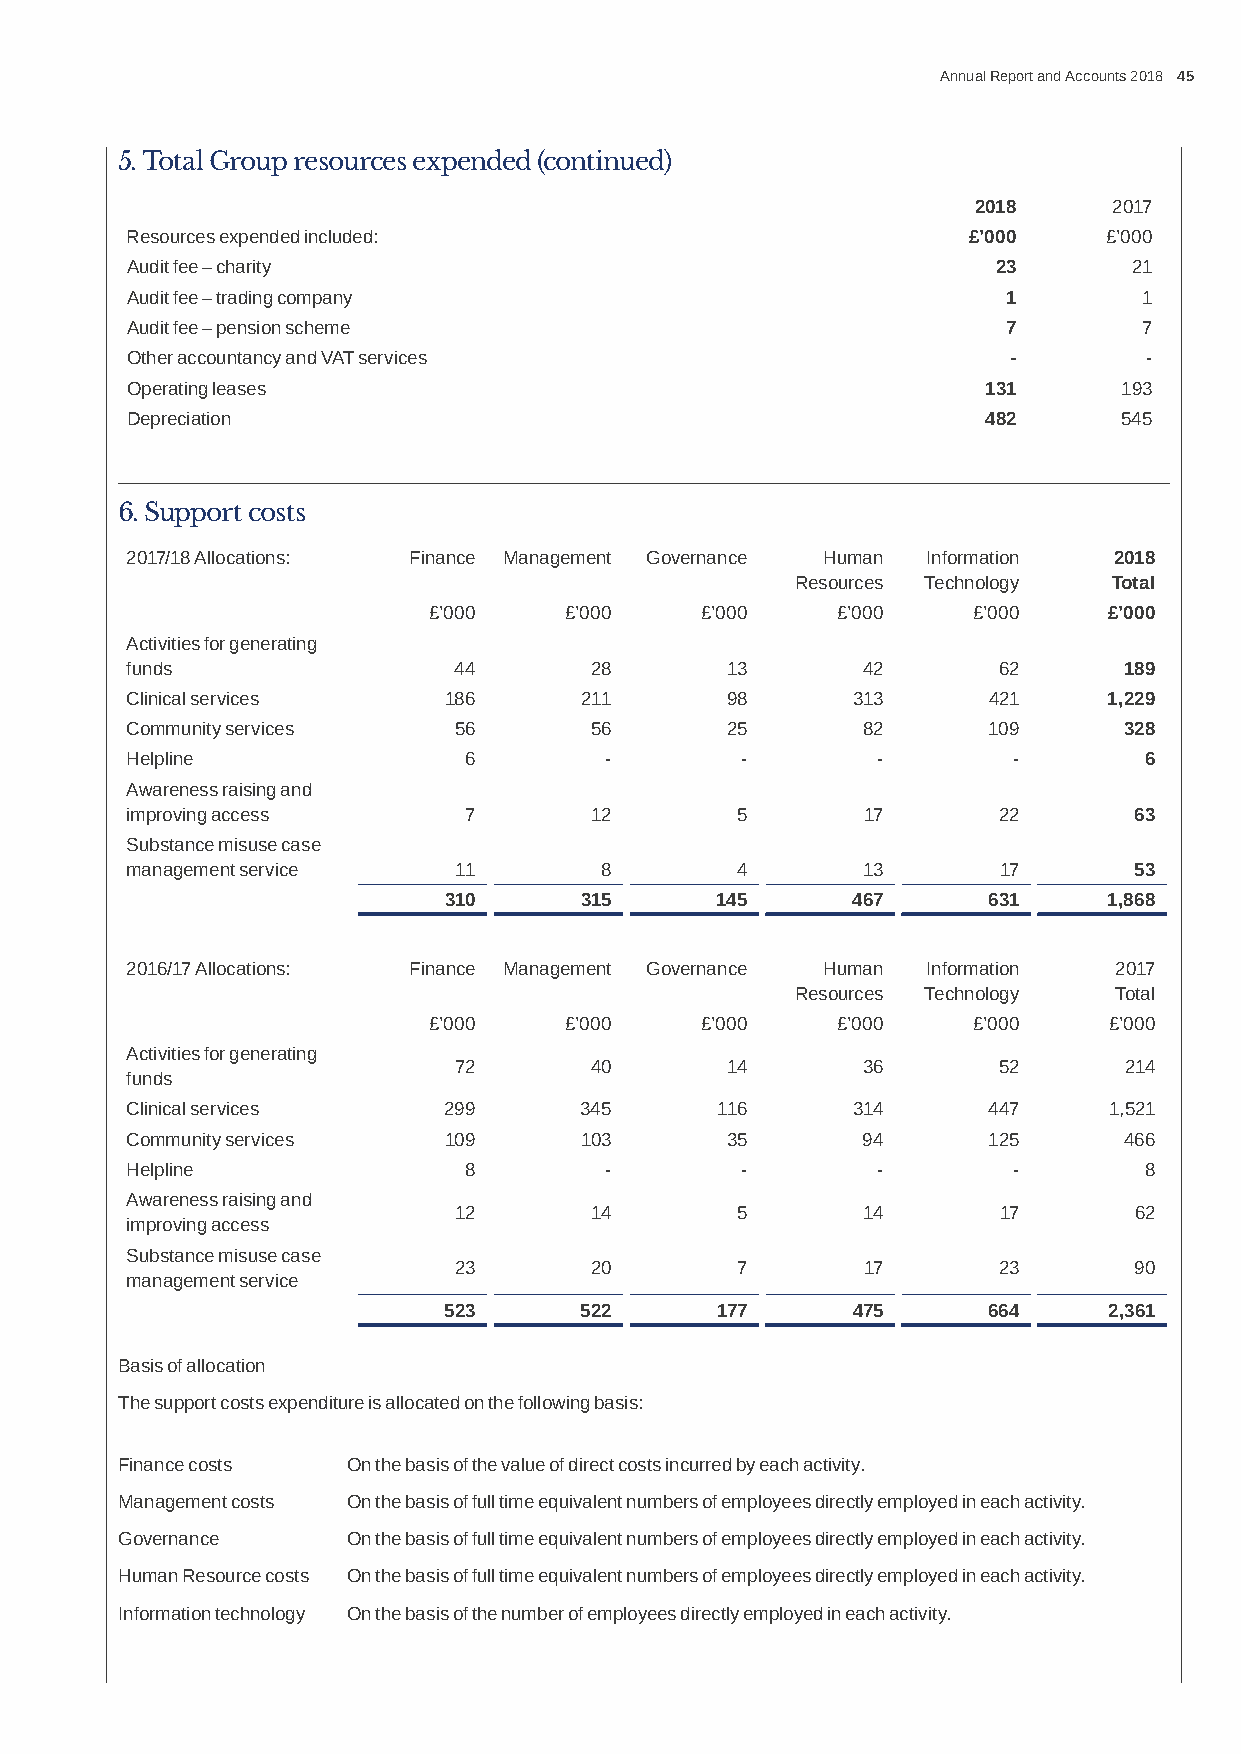
Annual Report and Accounts 2018 45
 5. Total Group resources expended (continued)
 2018     2017
 Resources expended included:                            £’000    £’000
 Audit fee – charity                                       23       21
 Audit fee – trading company                                1        1
 Audit fee – pension scheme                                 7        7
 Other accountancy and VAT services                         -        -
 Operating leases                                         131      193
 Depreciation                                             482      545
 6. Support costs
 2017/18 Allocations: Finance Management Governance Human Information 2018
 Resources Technology Total
 £’000    £’000    £’000    £’000    £’000    £’000
 Activities for generating
 funds                 44       28       13       42       62      189
 Clinical services    186      211       98      313      421     1,229
 Community services    56       56       25       82      109      328
 Helpline               6        -        -        -        -        6
 Awareness raising and
 improving access       7       12        5       17       22       63
 Substance misuse case
 management service    11        8        4       13       17       53
 310      315      145      467      631     1,868
 2016/17 Allocations: Finance Management Governance Human Information 2017
 Resources Technology Total
 £’000    £’000    £’000    £’000    £’000    £’000
 Activities for generating
 72       40       14       36       52      214
 funds
 Clinical services    299      345      116      314      447     1,521
 Community services   109      103       35       94      125      466
 Helpline               8        -        -        -        -        8
 Awareness raising and
 12       14        5       14       17       62
 improving access
 Substance misuse case
 23       20        7       17       23       90
 management service
 523      522      177      475      664     2,361
 Basis of allocation
 The support costs expenditure is allocated on the following basis:
 Finance costs  On the basis of the value of direct costs incurred by each activity.
 Management costs On the basis of full time equivalent numbers of employees directly employed in each activity.
 Governance     On the basis of full time equivalent numbers of employees directly employed in each activity.
 Human Resource costs On the basis of full time equivalent numbers of employees directly employed in each activity.
 Information technology On the basis of the number of employees directly employed in each activity.